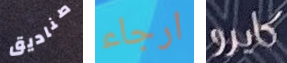
صناديق ارجاء كايرو